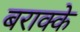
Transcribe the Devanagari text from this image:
बराक्के